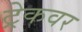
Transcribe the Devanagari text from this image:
ट्रेकवर